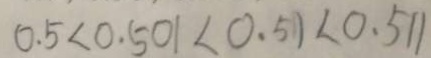
0 . 5 < 0 . 5 0 1 < 0 . 5 1 < 0 . 5 1 1